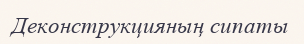
Деконструкцияның сипаты